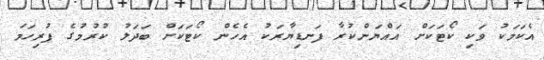
އެކަމަކު ވަކި ކޯޓަކަށް އައްޔަންކުރާ ފަނޑިޔާރަކު އެހެން ކޯޓަކަށް ބަދަލު ކުުރުމުގެ ފުރިހަމަ